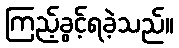
ကြည့်ခွင့်ရခဲ့သည်။